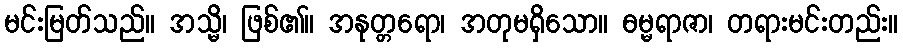
မင်းမြတ်သည်။ အသ္မိ၊ ဖြစ်၏။ အနုတ္တရော၊ အတုမရှိသော။ ဓမ္မရာဇာ၊ တရားမင်းတည်း။